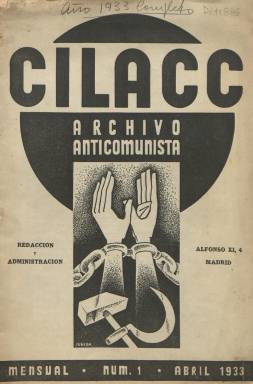
Título: CILACC (Ed. española)
Otros títulos: Centro Internacional de Lucha Activa contra el Comunismo || Archivo anticomunista
Colección: Política
Ámbito geográfico: Madrid
Lugar de publicación: Madrid
Fechas: 01/04/1933-31/05/1935

Publicación mensual editada e impresa en Madrid por una autodenominada Sección Española del Centro Internacional de Lucha Activa Contra el Comunismo (CILACC), de ahí que el título de la revista lleve sus siglas. Esta organización belgo-francesa venía editando en Bruselas una publicación con el mismo título desde 1932, y se conoce otra edición en holandés que alcanzará hasta el año 1949. Mientras que el subtítulo de la edición bruselense es “documentation anticomuniste”, el de la española es “archivo anticomunista”, siendo la pretensión de sus artífices la de recopilar una serie de artículos sobre la realidad de la Rusia soviética al objeto de deshacer el mito comunista. Se desconoce quiénes pudieran estar detrás de esta edición en castellano, aunque se ha apuntado en algún lugar que pudiera haber sido publicada desde el partido monárquico-católico Acción Popular.

Su colección la forman cuadernos entre 24 y 32 páginas cada uno, compuestas a una columna, sin ningún fotograbado, aunque su cubierta va ilustrada con un dibujo firmado por Jubera, que en algunas es sustituido por otro de Soravilla. Su primera entrega es de abril de 1933, y cada año forma una serie, hasta alcanzar la número 2, de la tercera serie, correspondiente a mayo de 1935. Su propósito declarado y exclusivo es la propaganda antisoviética y anticomunista, pretendiendo así prestar “un gran servicio a nuestra civilización cristiana”, se dice en su artículo de presentación. Sus textos no van firmados y llevan la indicación “world copyright Cilacc”.

CILACC se autodefine también como un “partido anticomunista”, que dice no aceptar “ningún testimonio que no venga de los mismos Soviets en sus publicaciones oficiales”, y su revista se publicitó con gran espacio en el semanario madrileño dirigido a las mujeres de extrema derecha y monárquicas titulado Ellas (1932-1935), o en la revista argentina Criterio (1928). También inserta CILACC su propia publicidad comercial.

Cada cuaderno va encabezado por un título monográfico. Y sus epígrafes se refieren al obrero industrial, al obrero campesino o a los intelectuales en Rusia; al Komitern y la revolución mundial; a los fracasos del plan quinquenal y del Komsomol; al hambre en Rusia, a los obreros privilegiados, el comercio exterior de la URSS o la mujer en Rusia, entre otros. El número 1 de su tercera serie (abril de 1935) está dedicado a la denominada Revolución de Octubre en España y los soviets, con un apéndice con un artículo de Le Drapeau Rouge.